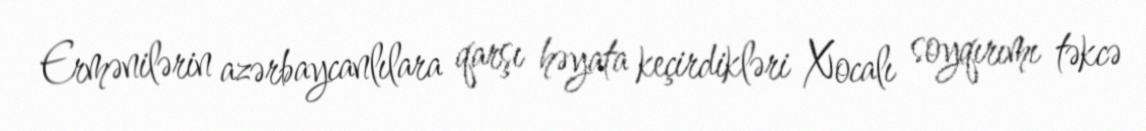
Ermənilərin azərbaycanlılara qarşı həyata keçirdikləri Xocalı soyqırımı təkcə